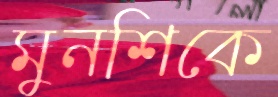
মুনশিকে